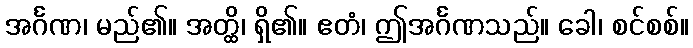
အင်္ဂဏ၊ မည်၏။ အတ္ထိ၊ ရှိ၏။ ဧတံ၊ ဤအင်္ဂဏသည်။ ခေါ၊ စင်စစ်။